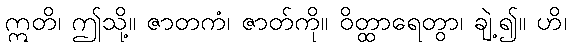
ဣတိ၊ ဤသို့။ ဇာတကံ၊ ဇာတ်ကို။ ဝိတ္ထာရေတွာ၊ ချဲ့၍။ ဟိ၊